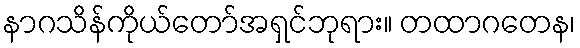
နာဂသိန်ကိုယ်တော်အရှင်ဘုရား။ တထာဂတေန၊